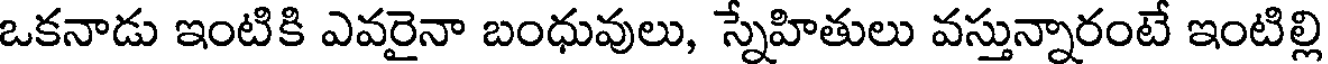
ఒకనాడు ఇంటికి ఎవరైనా బంధువులు, స్నేహితులు వస్తున్నారంటే ఇంటిల్లి